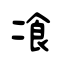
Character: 飡